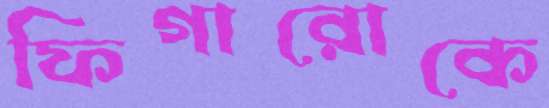
ফিগারোকে